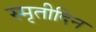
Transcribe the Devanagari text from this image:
स्मृतीदिन